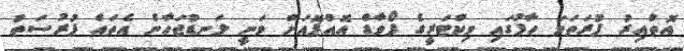
އޮތްއިރު ފުރަތަމަ ހާފުގައި ވިކްޓަރީގެ ފޯވާޑް އޮއްޕޮއަށް ވަނީ ލަނޑުޖަހާނެ އެތައް ފުރުސަތު